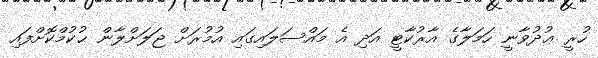
ހުރީ ޢުދުވާނީ ހަމަލާގެ އާރުކާޓީ އަދި އެ މައްސަލައިގައި އުމުރަށް ޖަލަށްލާން ޙުކުމްކޮށްފައި